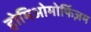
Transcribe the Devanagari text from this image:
होमिओमोर्फिज़म